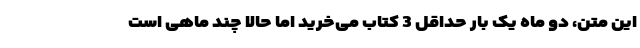
این متن، دو ماه یک بار حداقل 3 کتاب می‌خرید اما حالا چند ماهی است